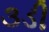
૩ડી